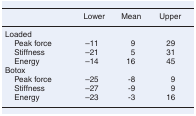
<table><thead><tr><td>[EMPTY_CELL]</td><td><b>Lower</b></td><td><b>Mean</b></td><td><b>Upper</b></td></tr></thead><tbody><tr><td>Loaded</td><td>[EMPTY_CELL]</td><td>[EMPTY_CELL]</td><td>[EMPTY_CELL]</td></tr><tr><td> Peak force</td><td>–11</td><td>9</td><td>29</td></tr><tr><td> Stiffness</td><td>–21</td><td>5</td><td>31</td></tr><tr><td> Energy</td><td>–14</td><td>16</td><td>45</td></tr><tr><td>Botox</td><td>[EMPTY_CELL]</td><td>[EMPTY_CELL]</td><td>[EMPTY_CELL]</td></tr><tr><td> Peak force</td><td>–25</td><td>-8</td><td>9</td></tr><tr><td> Stiffness</td><td>–27</td><td>-9</td><td>9</td></tr><tr><td> Energy</td><td>–23</td><td>-3</td><td>16</td></tr></tbody></table>